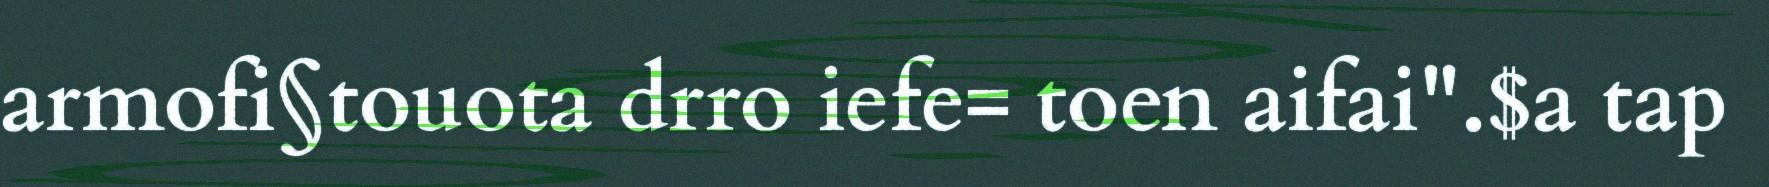
armofi§touota drro iefe= toen aifai".$a tap